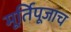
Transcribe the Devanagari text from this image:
मूर्तिपूजाच